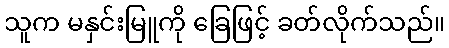
သူက မနှင်းမြူကို ခြေဖြင့် ခတ်လိုက်သည်။